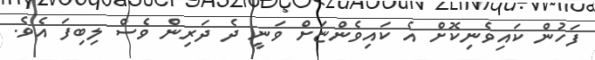
ފަހުން ކައިވެނިކޮށް އެ ކައިވެންޏަށް ވަނީ ދެ ދަރިން ވެސް ލިބިފަ އެވެ.